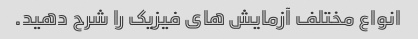
انواع مختلف آزمایش های فیزیک را شرح دهید.